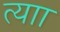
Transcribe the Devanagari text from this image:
त्याा